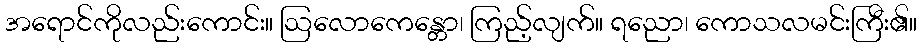
အရောင်ကိုလည်းကောင်း။ ဩလောကေန္တော၊ ကြည့်လျက်။ ရညော၊ ကောသလမင်းကြီး၏။